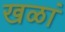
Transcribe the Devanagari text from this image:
खळां